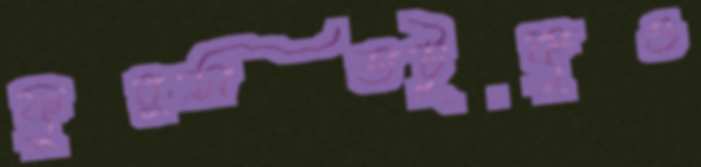
ফুরসতটুকুও